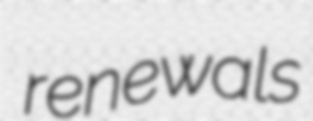
renewals